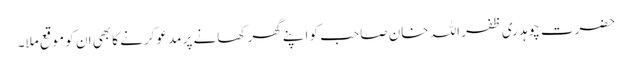
حضرت چوہدری ظفر اللہ خان صاحب کو اپنے گھر کھانے پر مدعو کرنے کا بھی ان کو موقع ملا۔